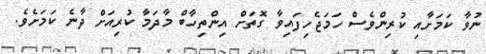
ނުވާ ކަމަށާއި ކުރިންވެސް ހަމަޖެހިފައިވާ ގޮތަށް އިންތިހާބް މާދަމާ ކުރިއަށް ދާނެ ކަމަށެވެ.